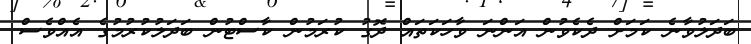
ބަދަލުވާނެ ކަމަށް ދެކެވުން އަންނަ ވާހަކަތައް ދޮގު ކުރަމުން ކާސްޓުން ބަދަލުކުރުމުގެ އެއްވެސް